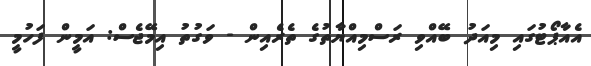
އެއާޕޯޓުގައި މިއަދު ބޭއްވި ރަސްމިއްޔާތުގެ ތެރެއިން - ވަގުތު އިމޭޖެސް: އަމީން ފަހުމީ